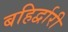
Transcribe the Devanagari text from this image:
बहिर्द्वारी